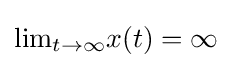
{\mbox{lim}}_{t\rightarrow \infty }x(t)=\infty